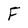
Character: F